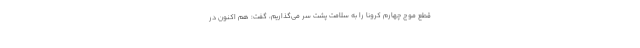
قطع موج چهارم کرونا را به سلامت پشت سر می‌گذاریم، گفت: هم اکنون در